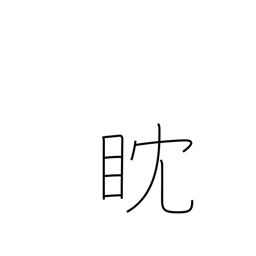
Meaning: watch intently